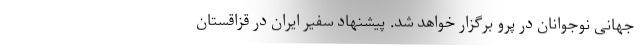
جهانی نوجوانان در پرو برگزار خواهد شد. پیشنهاد سفیر ایران در قزاقستان